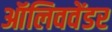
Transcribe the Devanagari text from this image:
ऑलिववेंडर